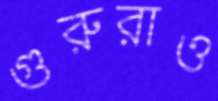
গুরুরাও